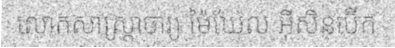
លោកសាស្ត្រាចារ្យ ម៉ៃឃែល អ៊ីសិនប៊ើក